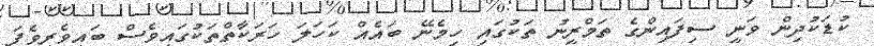
ކުޑަކުދިން ވަނީ ސިފައިންގެ ތަމްރީނު ތަކުގައި ހިމެނޭ ބައެއް ކަހަލަ ހަރަކާތްތަކުގައިވެސް ބައިވެރިވެފަ